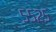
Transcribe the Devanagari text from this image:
५५२५